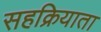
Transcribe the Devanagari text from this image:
सहक्रियाता